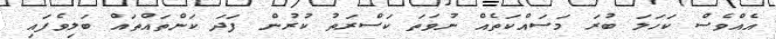
އެއްވެސް ކަހަލަ ބުރަ މަސައްކަތެއް ނުވަތަ ކަސްރަތު ކުރުން ފަދަ ކަންތައްތައް ބަލިވެފައި